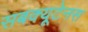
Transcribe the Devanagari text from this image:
सबक्यूटेनस